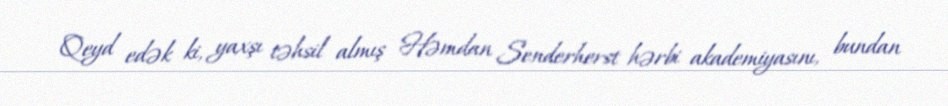
Qeyd edək ki, yaxşı təhsil almış Həmdan Senderherst hərbi akademiyasını, bundan